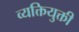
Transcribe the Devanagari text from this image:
व्यक्तियुक्ती